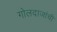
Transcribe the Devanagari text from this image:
गोलदाजांची